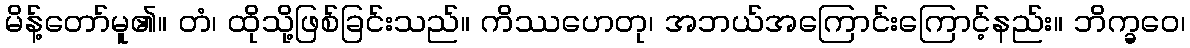
မိန့်တော်မူ၏။ တံ၊ ထိုသို့ဖြစ်ခြင်းသည်။ ကိဿဟေတု၊ အဘယ်အကြောင်းကြောင့်နည်း။ ဘိက္ခဝေ၊